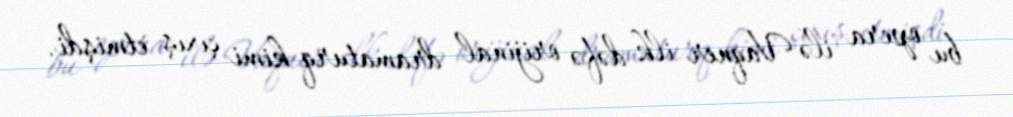
bu opera ilə Vaqner ilk dəfə orijinal dramaturq kimi çıxış etmişdi.